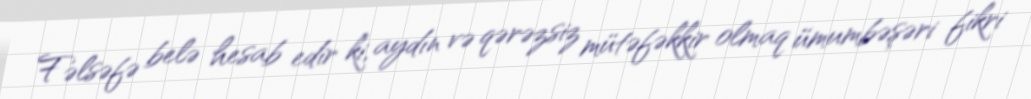
Fəlsəfə belə hesab edir ki, aydın və qərəzsiz mütəfəkkir olmaq ümumbəşəri fikri